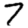
Digit: 7